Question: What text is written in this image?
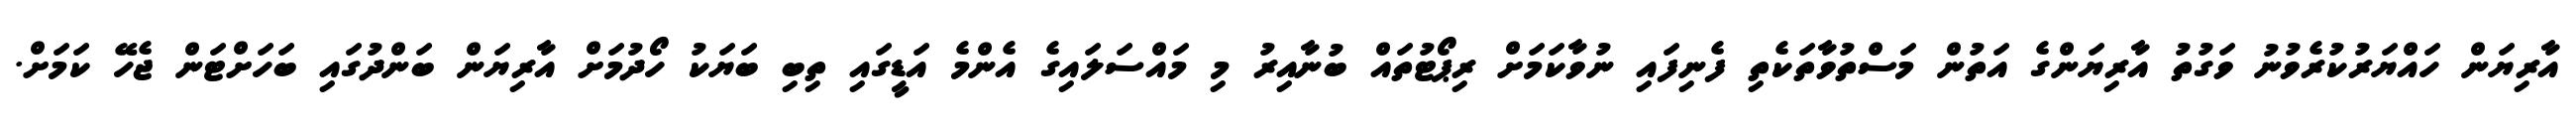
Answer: އާރިޔަން ހައްޔަރުކުރެވުނު ވަގުތު އާރިޔަންގެ އަތުން މަސްތުވާތަކެތި ފެނިފައި ނުވާކަމަށް ރިޕޯޓުތައް ބުނާއިރު މި މައްސަލައިގެ އެންމެ އަޑީގައި ތިބި ބަޔަކު ހޯދުމަށް އާރިޔަން ބަންދުގައި ބަހަށްޓަން ޖެހޭ ކަމަށް.